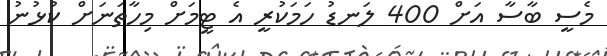
މެސީ ބާސާ އަށް 400 ލަނޑު ހަމަކުރީ އެ ޓީމަށް މިހާތަނަށް ކުޅުނު